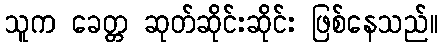
သူက ခေတ္တ ဆုတ်ဆိုင်းဆိုင်း ဖြစ်နေသည်။